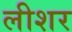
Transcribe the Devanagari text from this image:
लीशर